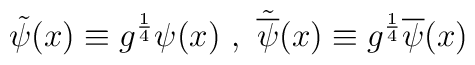
\tilde{\psi}(x)\equiv{g}^{\frac{1}{4}}\psi(x)\ ,\  \tilde{\overline{\psi}}(x)\equiv{g}^{\frac{1}{4}}\overline{\psi}(x)